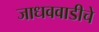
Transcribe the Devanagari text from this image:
जाधववाडीचे